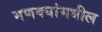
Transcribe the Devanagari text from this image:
मणक्‍यांमधील